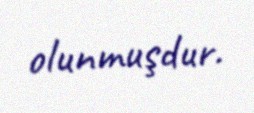
olunmuşdur.